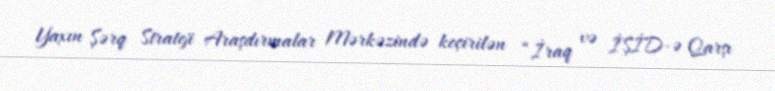
Yaxın Şərq Strateji Araşdırmalar Mərkəzində keçirilən “İraq və İŞİD-ə Qarşı